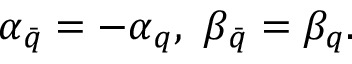
\alpha _ { \bar { q } } = - \alpha _ { q } , \ \beta _ { \bar { q } } = \beta _ { q } .